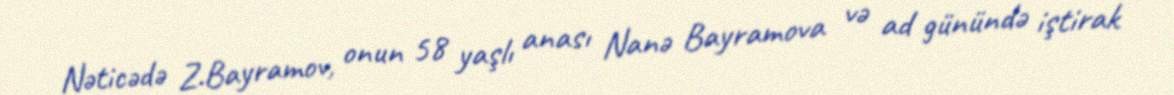
Nəticədə Z.Bayramov, onun 58 yaşlı anası Nanə Bayramova və ad günündə iştirak